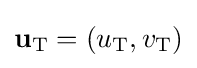
\mathbf {u} _{\text{T}}=(u_{\text{T}},v_{\text{T}})